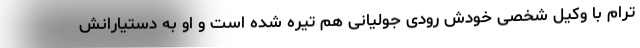
ترام با وکیل شخصی خودش رودی جولیانی هم تیره شده است و او به دستیارانش